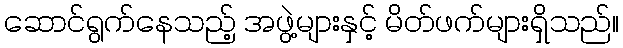
ဆောင်ရွက်နေသည့် အဖွဲ့များနှင့် မိတ်ဖက်များရှိသည်။